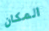
المكان